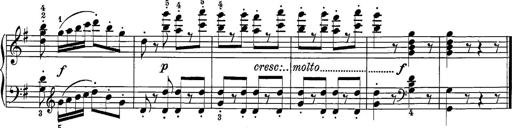
Title: 12 Sonatine per Pianoforte
Composer: Friedrich Kuhlau